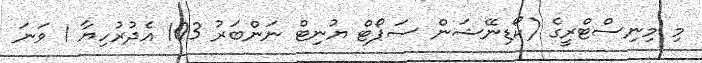
މި މިނިސްޓްރީގެ (ކޯޑިނޭޝަން ސަޕޯޓް ޔުނިޓް ނަންބަރު 103 އެދުރުހިޔާ 1 ވަނަ